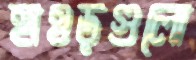
হাওড়গুলো